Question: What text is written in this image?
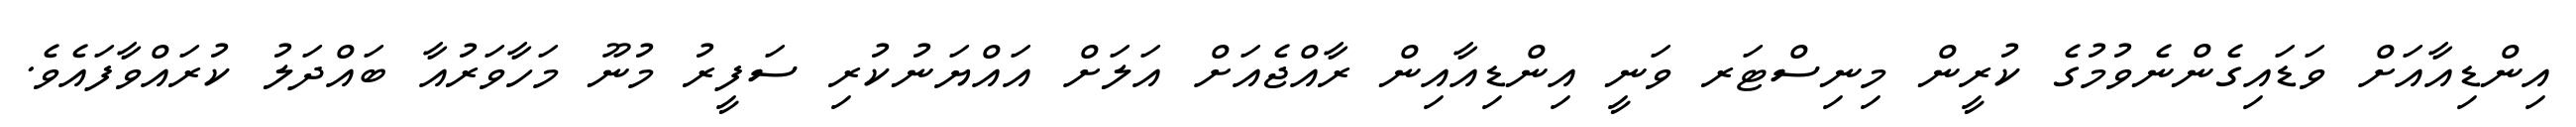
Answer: އިންޑިއާއަށް ވަޑައިގެންނެވުމުގެ ކުރީން މިނިސްޓަރ ވަނީ އިންޑިއާއިން ރާއްޖެއަށް އަލަށް އައްޔަނުކުރި ސަފީރު މުނޫ މަހާވަރުއާ ބައްދަލު ކުރައްވާފައެވެ.